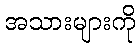
အသားများကို